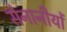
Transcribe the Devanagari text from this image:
सेनानीयों